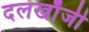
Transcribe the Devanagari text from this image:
दलखाँजी